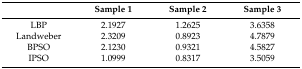
<table><thead><tr><td></td><td><b>Sample 1</b></td><td><b>Sample 2</b></td><td><b>Sample 3</b></td></tr></thead><tbody><tr><td>LBP</td><td>2.1927</td><td>1.2625</td><td>3.6358</td></tr><tr><td>Landweber</td><td>2.3209</td><td>0.8923</td><td>4.7879</td></tr><tr><td>BPSO</td><td>2.1230</td><td>0.9321</td><td>4.5827</td></tr><tr><td>IPSO</td><td>1.0999</td><td>0.8317</td><td>3.5059</td></tr></tbody></table>